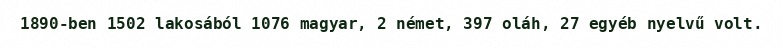
1890-ben 1502 lakosából 1076 magyar, 2 német, 397 oláh, 27 egyéb nyelvű volt.